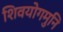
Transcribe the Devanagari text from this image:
शिवयोगमुनि